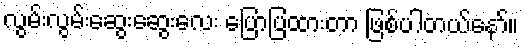
လွမ်းလွမ်းဆွေးဆွေးလေး ပြောပြထားတာ ဖြစ်ပါတယ်နော်။